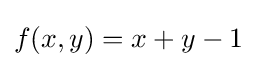
f(x,y)=x+y-1